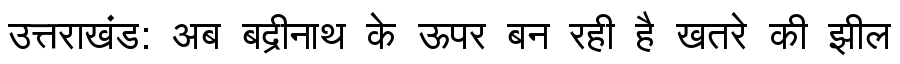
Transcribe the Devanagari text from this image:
उत्तराखंड: अब बद्रीनाथ के ऊपर बन रही है खतरे की झील